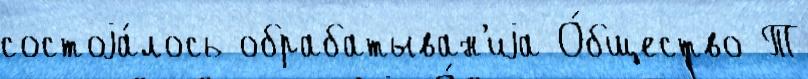
состоjа́лось обрабатыван'иjа О́бщество Т